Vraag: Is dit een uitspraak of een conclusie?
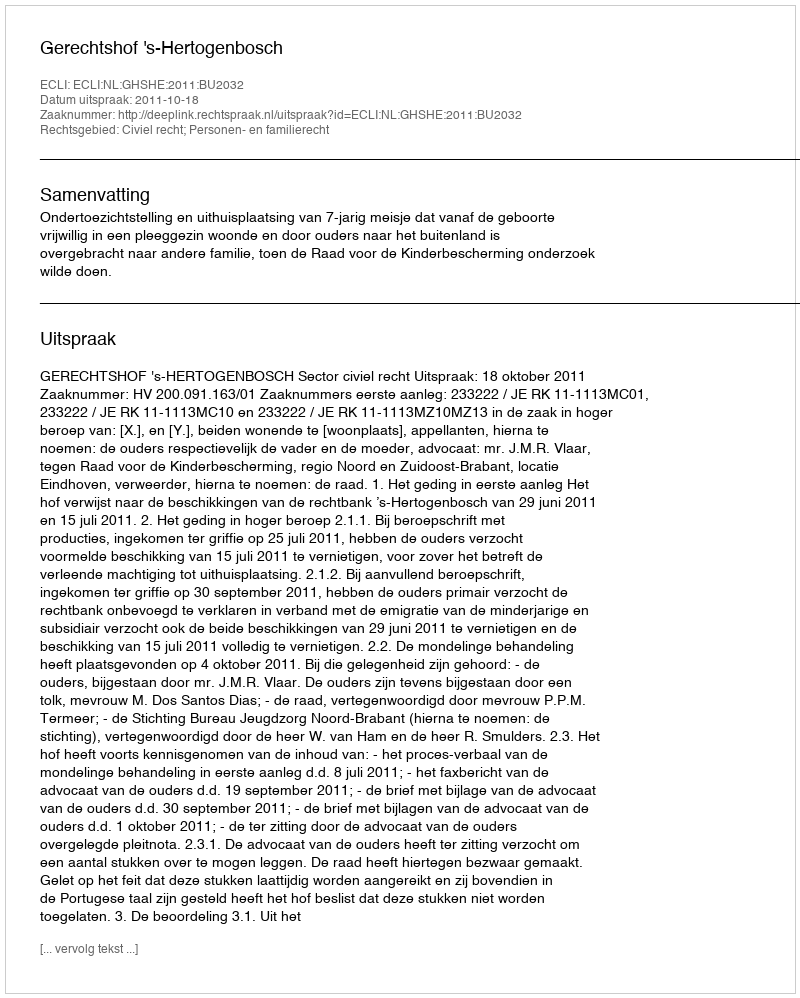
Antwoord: Uitspraak